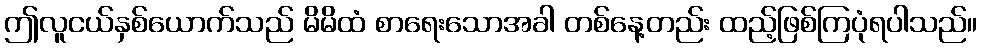
ဤလူငယ်နှစ်ယောက်သည် မိမိထံ စာရေးသောအခါ တစ်နေ့တည်း ထည့်ဖြစ်ကြပုံရပါသည်။